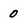
Character: 0